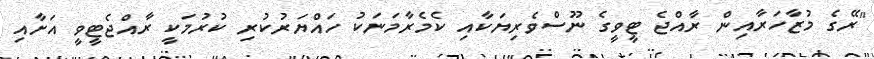
"ރޭގެ މުޒާހަރާއިން ރާއްޖެ ޓީވީގެ ނޫސްވެރިޔަކާއި ކެމެރާމަނަކު ހައްޔަރުކުރި ކުރުމަކީ ރާއްޖެޓީވީ އަށާއި